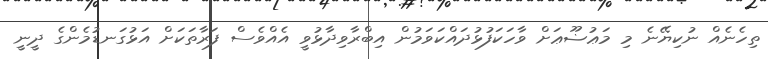
ތިހެނެއް ނުކިޔޭނެ މި މަޢުޟޫޢަށް ވާހަކަފުޅުދައްކަވަމުން އިބްރާވިދާޅުވީ އެއްވެސް ފަރާތަކަށް އަޅުގަނޑުމެންގެ ދީނީ